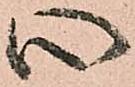
心